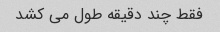
فقط چند دقیقه طول می کشد